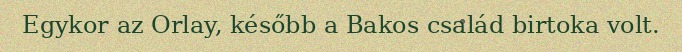
Egykor az Orlay, később a Bakos család birtoka volt.